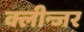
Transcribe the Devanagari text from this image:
क्लीन्जर